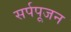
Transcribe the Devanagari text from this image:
सर्पपूजन